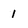
Character: 1